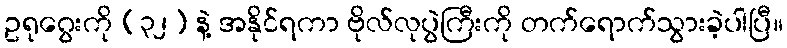
ဥရုဂွေးကို (၃၂) နဲ့ အနိုင်ရကာ ဗိုလ်လုပွဲကြီးကို တက်ရောက်သွားခဲ့ပါပြီ။